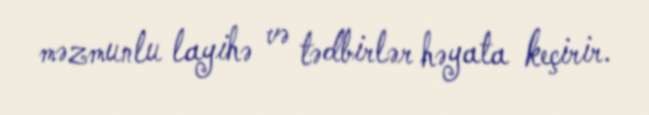
məzmunlu layihə və tədbirlər həyata keçirir.